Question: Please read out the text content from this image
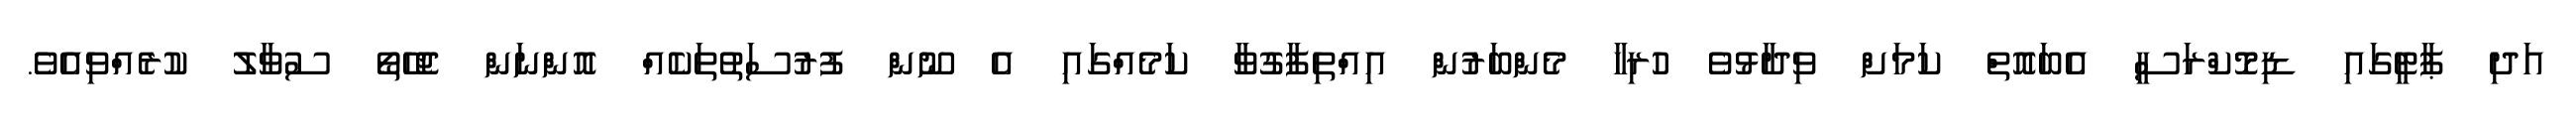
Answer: އަދި ޕާޓީގައި ޑިމޮކްރަސީ އެބައޮތް ކަމަށް ވިދާޅުވެ ހުރިހާ މެންބަރުން އިއްތިފާގުވާ ކަމެއްގައި އެ ނޫން ފުރުސަތުތަކެއް އޮންނަން ޖެހޭތޯ ސުވާލު ކުރެއްވިއެވެ.